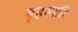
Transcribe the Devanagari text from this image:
बॄहस्पति